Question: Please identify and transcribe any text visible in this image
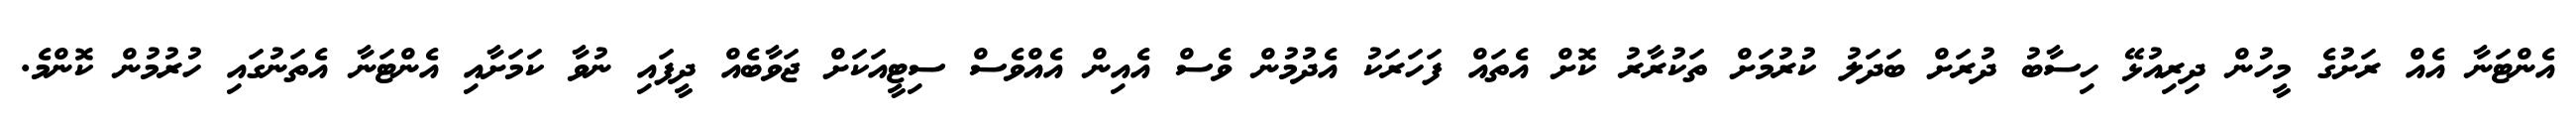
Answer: އެންޓަނާ އެއް ރަށުގެ މީހުން ދިރިއުޅޭ ހިސާބު ދުރަށް ބަދަލު ކުރުމަށް ތަކުރާރު ކޮށް އެތައް ފަހަރަކު އެދުމުން ވެސް އެއިން އެއްވެސް ސިޓީއަކަށް ޖަވާބެއް ދީފައި ނުވާ ކަމަށާއި އެންޓަނާ އެތަނުގައި ހުރުމުން ކޮންމެ.